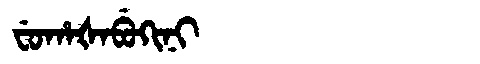
Manchu: ᠸᡠᡥᠠᡧᠠᠪᡠᡴᡳᠨᡳ
Romanization: FUHAŠABUKINI